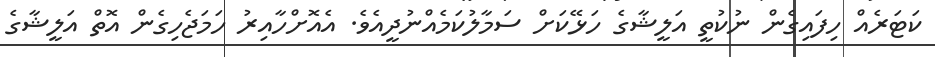
ކަޓަރެއް ހިފައިގެން ނުކުތީ އަލީޝާގެ ހަޅޭކަށް ސަމާލުކަމެއްނުދީއެވެ. އެއޮށްހާއިރު ހަމަޖެހިގެން އޮތް އަލީޝާގެ